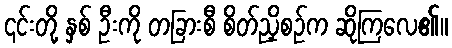
၎င်းတို့ နှစ် ဦးကို တခြားစီ စိတ်ညှိစဉ်က ဆိုကြလေ၏။